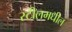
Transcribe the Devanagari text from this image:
स्टीलमधील